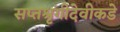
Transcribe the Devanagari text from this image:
सप्तश्रृंगीदेवीकडे